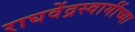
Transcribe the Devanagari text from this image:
राघवेंद्रस्वामींच्या